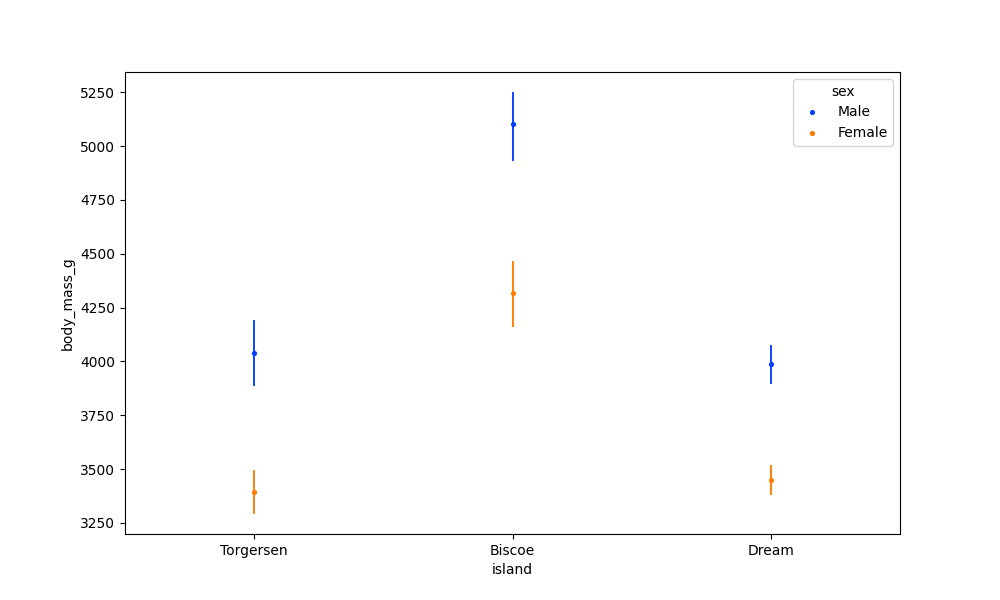
python, seaborn, pointplot, scale=0.5, join=False, hue='sex', palette='bright'